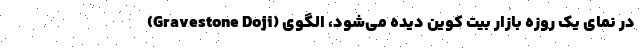
(Gravestone Doji) در نمای یک روزه بازار بیت کوین دیده می‌شود، الگوی